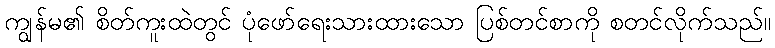
ကျွန်မ၏ စိတ်ကူးထဲတွင် ပုံဖော်ရေးသားထားသော ပြစ်တင်စာကို စတင်လိုက်သည်။